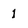
Character: 1